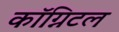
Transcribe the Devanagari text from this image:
कॉग्निटल